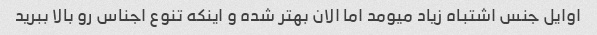
اوایل جنس اشتباه زیاد میومد اما الان بهتر شده و اینکه تنوع اجناس رو بالا ببرید